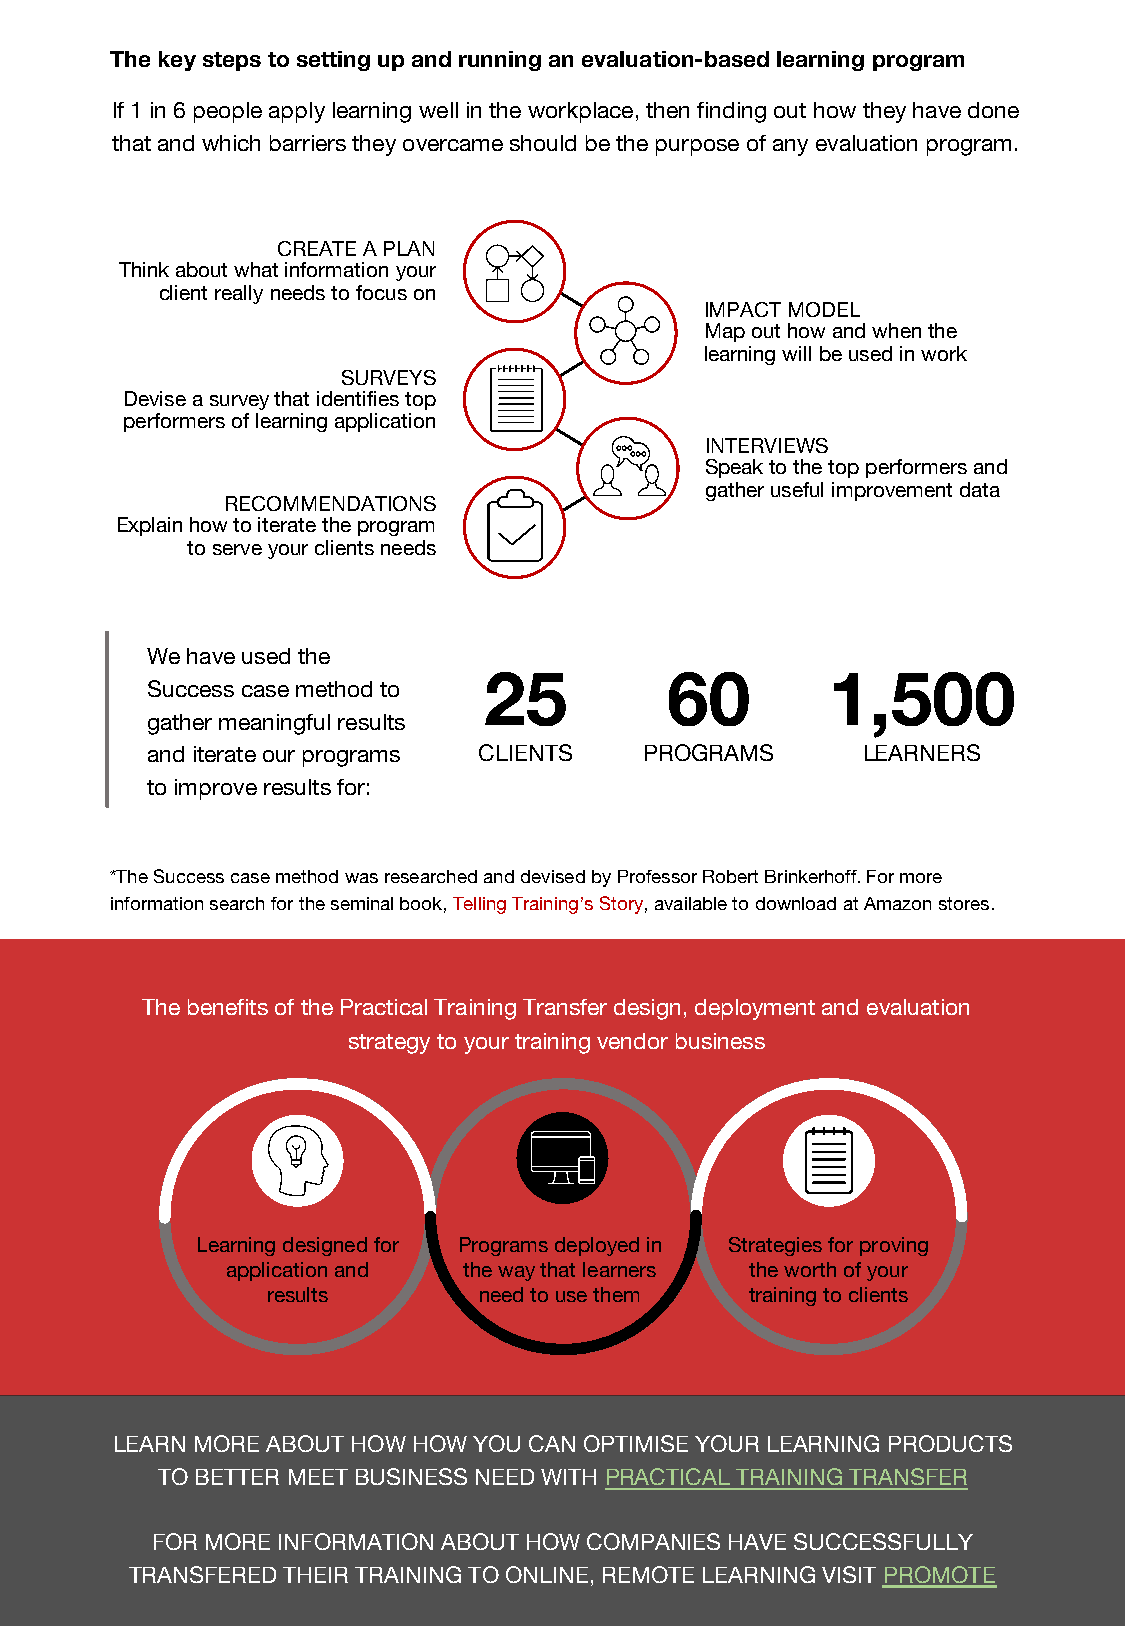
The key steps to setting up and running an evaluation-based learning program
 If 1 in 6 people apply learning well in the workplace, then finding out how they have done
 that and which barriers they overcame should be the purpose of any evaluation program.
 CREATE A PLAN
 Think about what information your
 client really needs to focus on
 IMPACT MODEL
 Map out how and when the
 learning will be used in work
 SURVEYS
 Devise a survey that identifies top
 performers of learning application
 INTERVIEWS
 Speak to the top performers and
 gather useful improvement data
 RECOMMENDATIONS
 Explain how to iterate the program
 to serve your clients needs
 We have used the
 25          60         1,500
 Success case method to
 gather meaningful results
 and iterate our programs CLIENTS PROGRAMS      LEARNERS
 to improve results for:
 *The Success case method was researched and devised by Professor Robert Brinkerhoff. For more
 information search for the seminal book, Telling Training’s Story, available to download at Amazon stores.
 The benefits of the Practical Training Transfer design, deployment and evaluation
 strategy to your training vendor business
 Learning designed for Programs deployed in Strategies for proving
 application and the way that learners the worth of your
 results       need to use them  training to clients
 LEARN MORE ABOUT HOW HOW YOU CAN OPTIMISE YOUR LEARNING PRODUCTS
 TO BETTER MEET BUSINESS NEED WITH PRACTICAL TRAINING TRANSFER
 FOR MORE INFORMATION ABOUT HOW COMPANIES HAVE SUCCESSFULLY
 TRANSFERED THEIR TRAINING TO ONLINE, REMOTE LEARNING VISIT PROMOTE